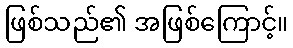
ဖြစ်သည်၏ အဖြစ်ကြောင့်။